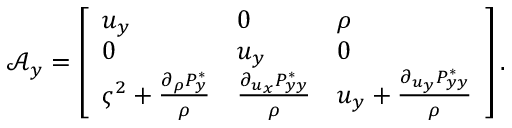
\mathcal { A } _ { y } = \left[ \begin{array} { l l l } { u _ { y } } & { 0 } & { \rho } \\ { 0 } & { u _ { y } } & { 0 } \\ { \varsigma ^ { 2 } + \frac { \partial _ { \rho } P _ { y } ^ { * } } { \rho } } & { \frac { \partial _ { u _ { x } } P _ { y y } ^ { * } } { \rho } } & { u _ { y } + \frac { \partial _ { u _ { y } } P _ { y y } ^ { * } } { \rho } } \end{array} \right] .